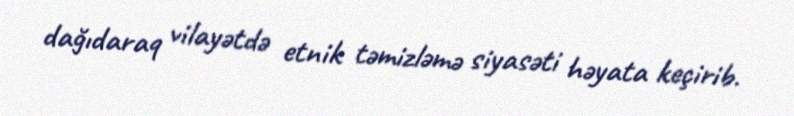
dağıdaraq vilayətdə etnik təmizləmə siyasəti həyata keçirib.